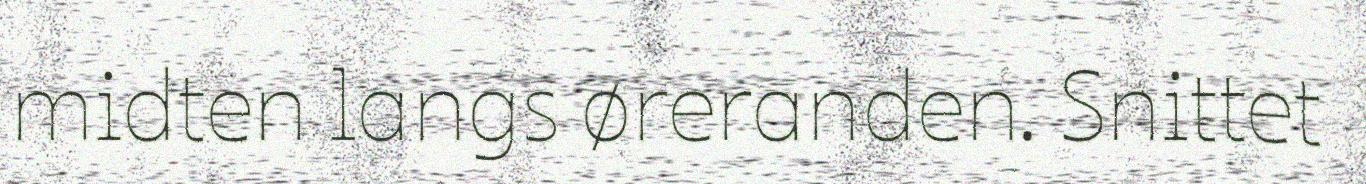
midten langs øreranden. Snittet